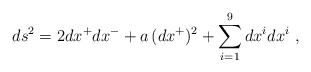
\begin{align*} ds^2 = 2dx^+ dx^- + a\, (dx^+)^2 + \sum_{i=1}^9 dx^i dx^i~,\end{align*}